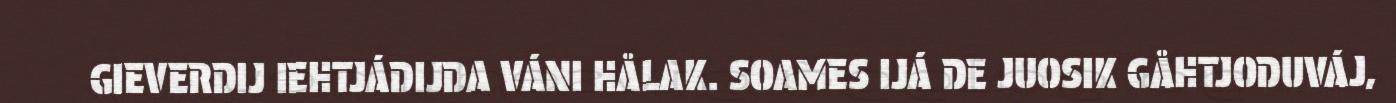
GIEVERDIJ IEHTJÁDIJDA VÁNI HÅLAK. SOAMES IJÁ DE JUOSIK GÅHTJODUVÁJ,